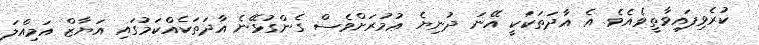
ކުރެވިފައިވާތީވެއެވެ. އެ އާދަތަކަކީ އޭނަ ދުނިޔެ ޢުމުރަށްވެސް ގެންގުޅޭނެ އާދަތަކެއްކަމުގައި އަޔާޒް އަމިއްލަ